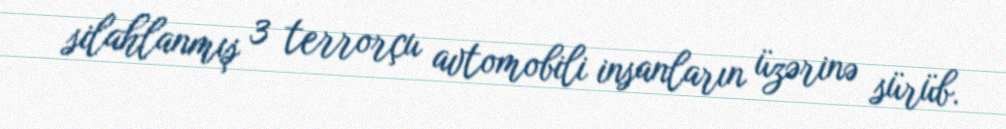
silahlanmış 3 terrorçu avtomobili insanların üzərinə sürüb.